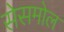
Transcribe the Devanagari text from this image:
सेसमोल